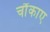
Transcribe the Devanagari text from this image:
चौंकाए